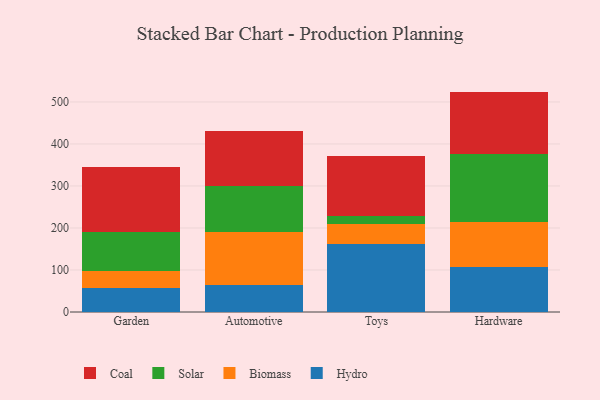
{"axis": {"x": "Category", "y": "Waste Production (Tons)"}, "legend": ["Biomass", "Coal", "Hydro", "Solar"], "data": [{"x": "Garden", "y": 57.3, "type": "Hydro"}, {"x": "Garden", "y": 39.9, "type": "Biomass"}, {"x": "Garden", "y": 94.3, "type": "Solar"}, {"x": "Garden", "y": 153.2, "type": "Coal"}, {"x": "Automotive", "y": 64.1, "type": "Hydro"}, {"x": "Automotive", "y": 125.8, "type": "Biomass"}, {"x": "Automotive", "y": 109.1, "type": "Solar"}, {"x": "Automotive", "y": 131.9, "type": "Coal"}, {"x": "Toys", "y": 162.2, "type": "Hydro"}, {"x": "Toys", "y": 47.1, "type": "Biomass"}, {"x": "Toys", "y": 18.5, "type": "Solar"}, {"x": "Toys", "y": 144.2, "type": "Coal"}, {"x": "Hardware", "y": 107.5, "type": "Hydro"}, {"x": "Hardware", "y": 107.2, "type": "Biomass"}, {"x": "Hardware", "y": 162.2, "type": "Solar"}, {"x": "Hardware", "y": 147.7, "type": "Coal"}]}